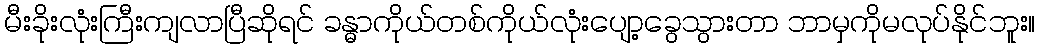
မီးခိုးလုံးကြီးကျလာပြီဆိုရင် ခန္ဓာကိုယ်တစ်ကိုယ်လုံးပျော့ခွေသွားတာ ဘာမှကိုမလုပ်နိုင်ဘူး။